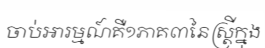
ចាប់អារម្មណ៍គឺ១ភាគ៣នៃស្ត្រីក្នុង